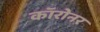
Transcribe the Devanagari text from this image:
कॉरोनर